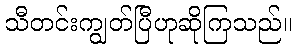
သီတင်းကျွတ်ပြီဟုဆိုကြသည်။